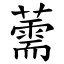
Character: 薷